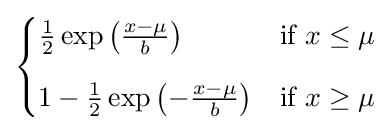
{\begin{cases}{\frac {1}{2}}\exp \left({\frac {x-\mu }{b}}\right)&{\text{if }}x\leq \mu \\[8pt]1-{\frac {1}{2}}\exp \left(-{\frac {x-\mu }{b}}\right)&{\text{if }}x\geq \mu \end{cases}}